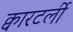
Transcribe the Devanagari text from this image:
क्वारटर्ली